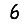
Digit: 6